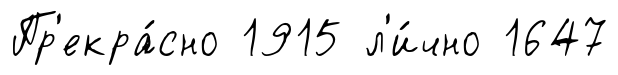
Пр'екра́сно 1915 л'и́чно 1647